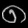
Digit: ၈